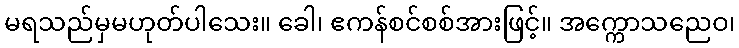
မရသည်မှမဟုတ်ပါသေး။ ခေါ၊ ဧကန်စင်စစ်အားဖြင့်။ အက္ကောသညေဝ၊